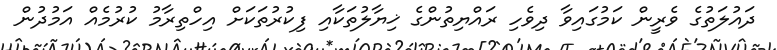
ދައުލަތުގެ ވެރީން ކަމުގައިވާ ދިވެހި ރައްޔިތުންގެ ޚިޔާލުތަކާއި ފިކުރުތަކަށް އިހްތިރާމު ކުރުމެއް އަމުދުން